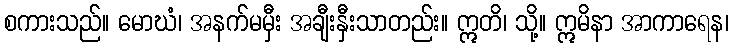
စကားသည်။ မောဃံ၊ အနက်မမှီး အချီးနှီးသာတည်း။ ဣတိ၊ သို့။ ဣမိနာ အာကာရေန၊